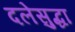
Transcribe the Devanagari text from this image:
दलेसुद्धा